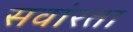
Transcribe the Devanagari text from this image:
सवांरता